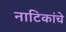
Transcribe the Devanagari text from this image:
नाटिकांचे